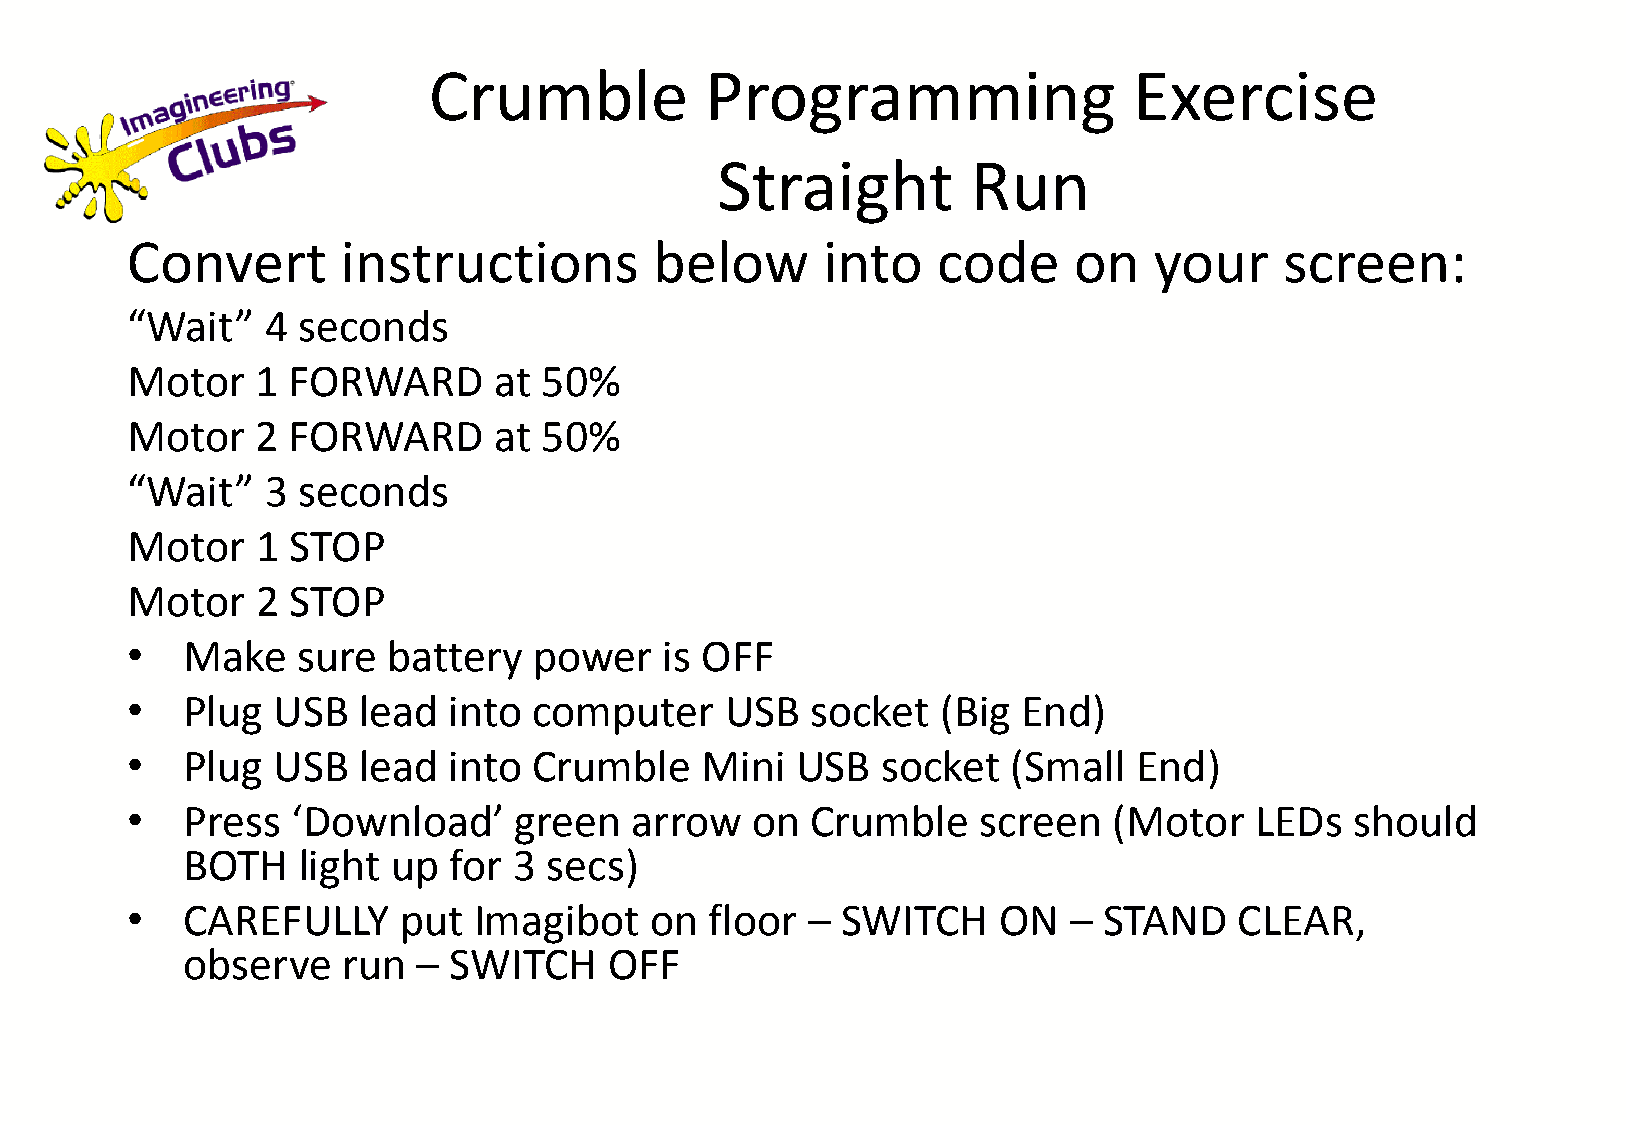
Crumble            Programming                 Exercise
 Straight         Run
 Convert        instructions        below      into    code     on   your     screen:
 “Wait”    4 seconds
 Motor    1 FORWARD       at 50%
 Motor    2 FORWARD       at 50%
 “Wait”    3 seconds
 Motor    1 STOP
 Motor    2 STOP
 •   Make    sure  battery  power    is OFF
 •   Plug  USB   lead  into computer     USB   socket  (Big  End)
 •   Plug  USB   lead  into Crumble    Mini   USB  socket   (Small  End)
 •   Press  ‘Download’     green   arrow   on  Crumble    screen   (Motor   LEDs   should
 BOTH    light up  for 3 secs)
 •   CAREFULLY     put  Imagibot    on  floor –  SWITCH    ON   – STAND    CLEAR,
 observe    run  – SWITCH    OFF